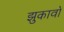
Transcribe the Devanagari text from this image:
झुकावों